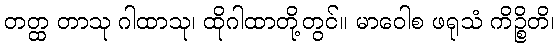
တတ္ထ တာသု ဂါထာသု၊ ထိုဂါထာတို့တွင်။ မာဝေါစ ဖရုသံ ကိဉ္စိတိ၊